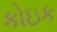
કોઇક